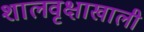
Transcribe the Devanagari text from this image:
शालवृक्षाखाली